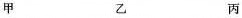
甲 乙 丙